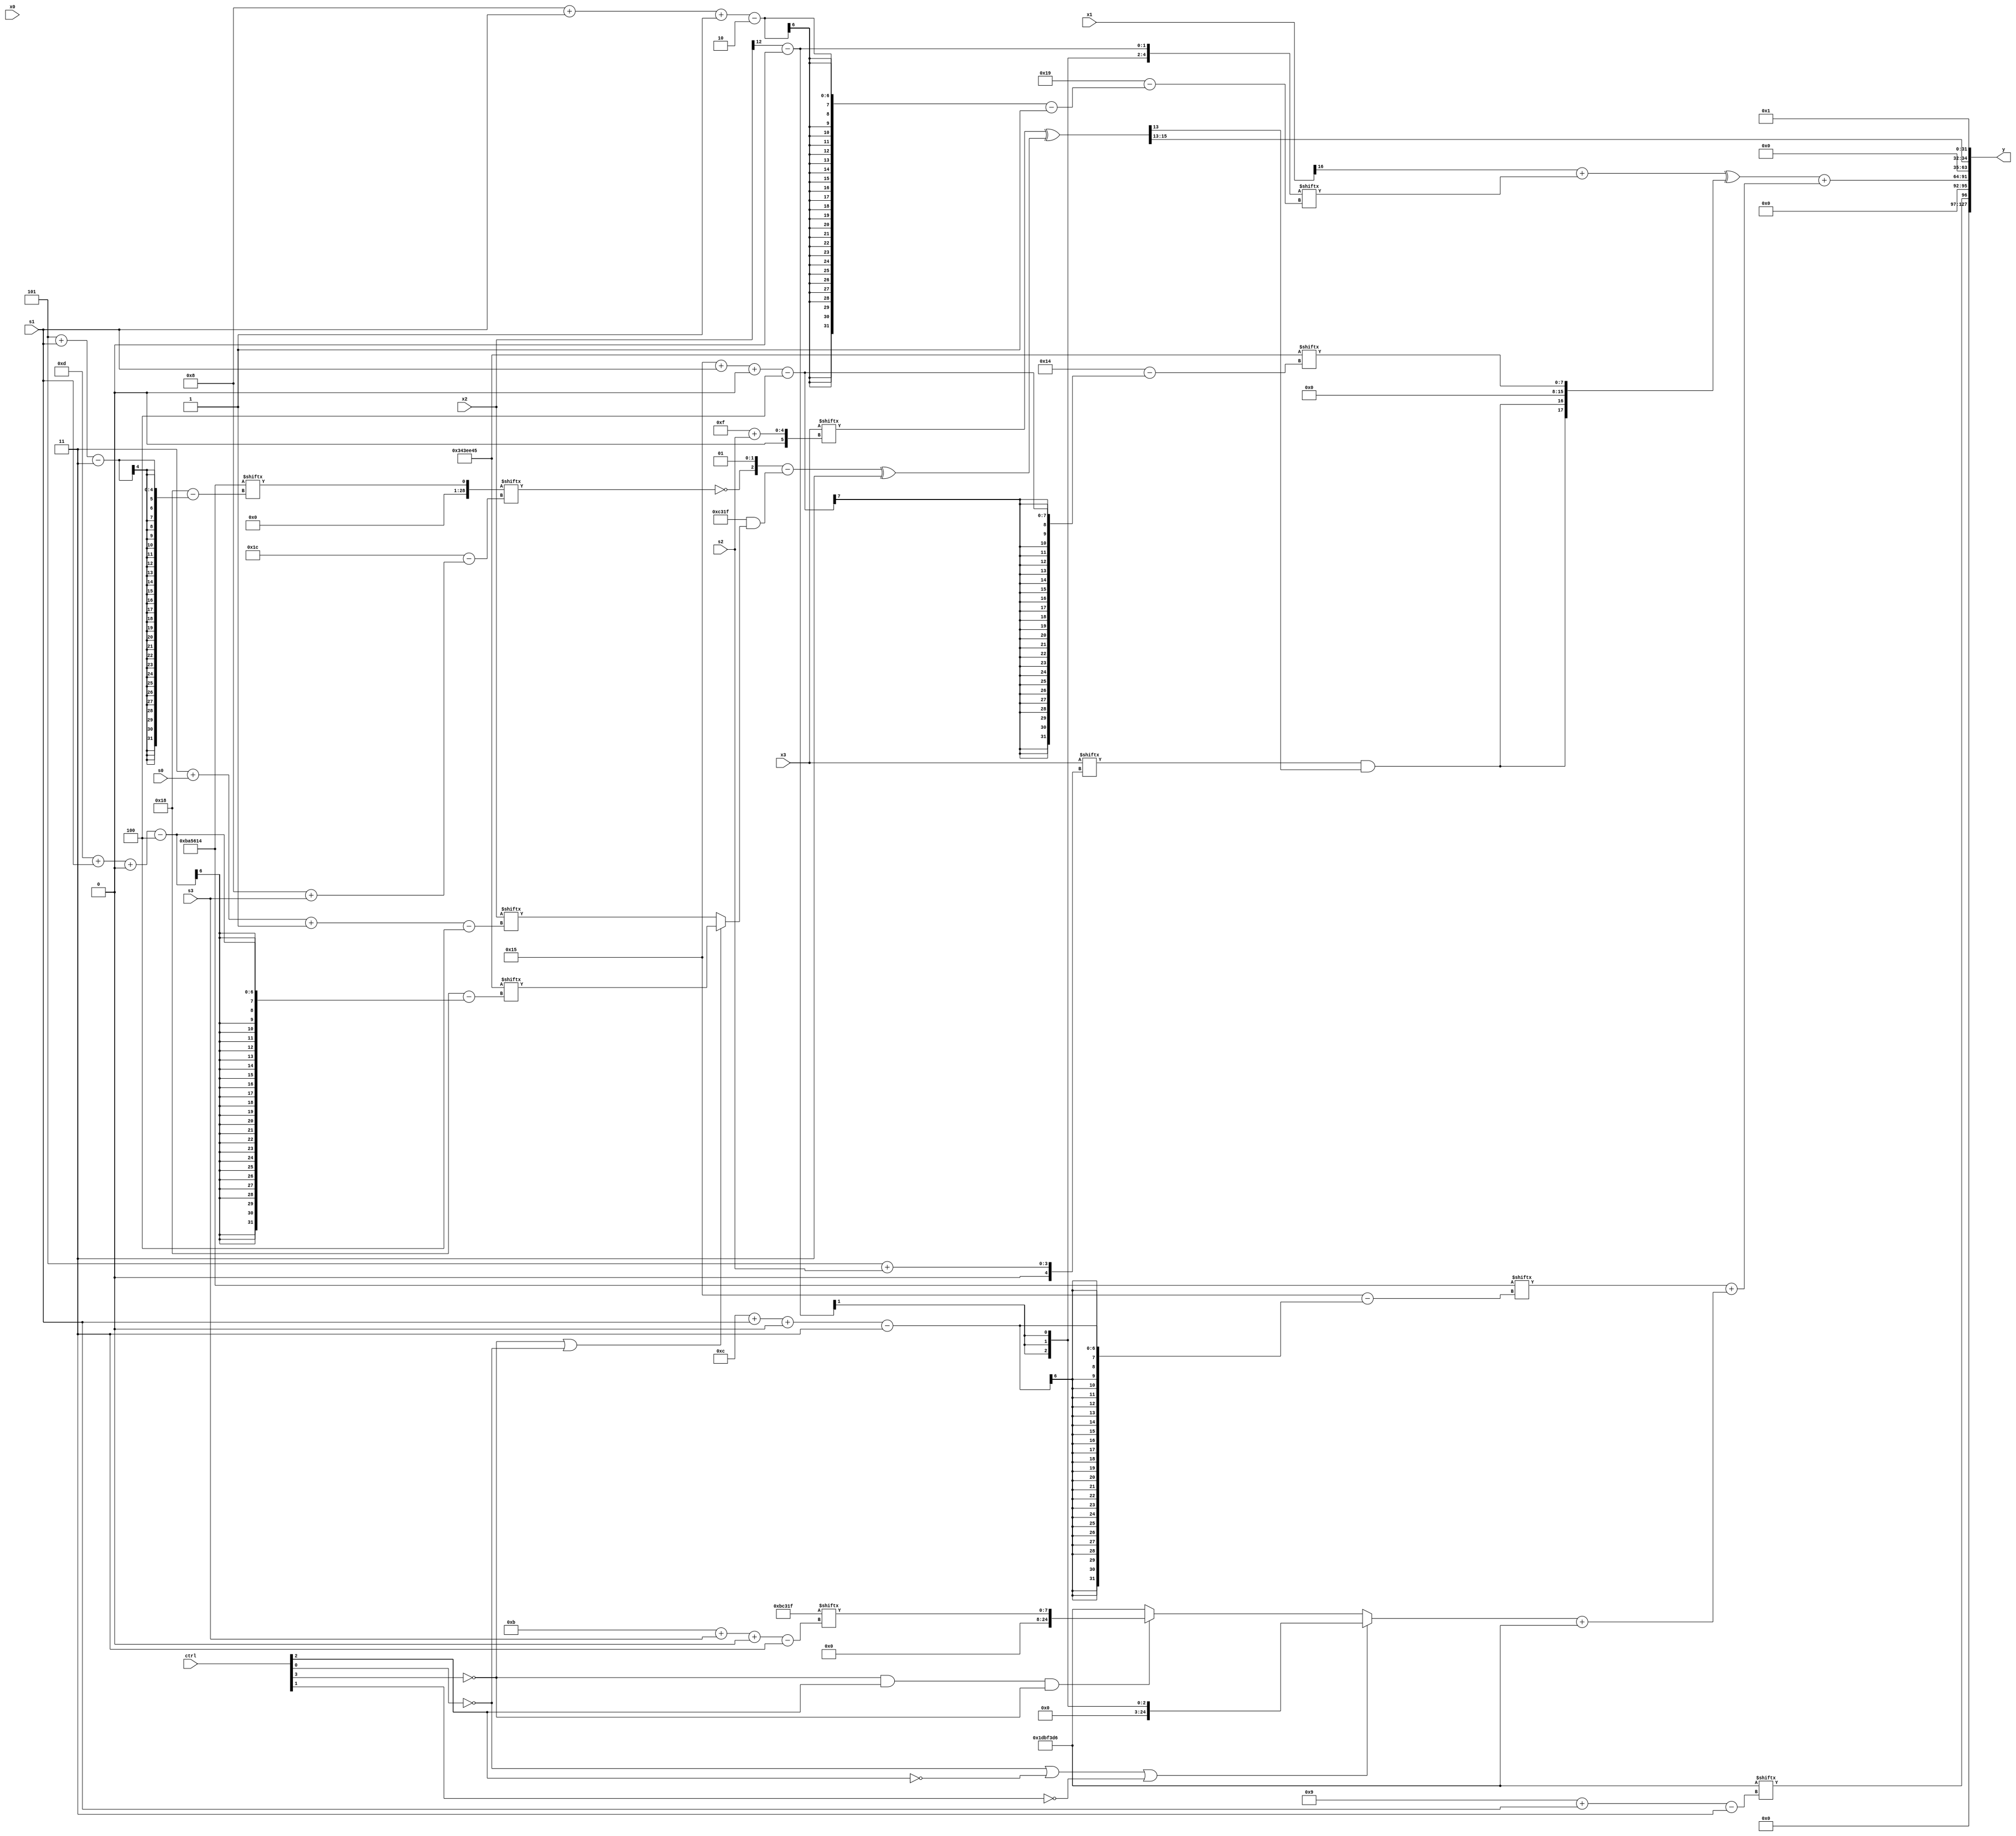
module partsel_00979(ctrl, s0, s1, s2, s3, x0, x1, x2, x3, y);
  input [3:0] ctrl;
  input [2:0] s0;
  input [2:0] s1;
  input [2:0] s2;
  input [2:0] s3;
  input [31:0] x0;
  input signed [31:0] x1;
  input [31:0] x2;
  input [31:0] x3;
  wire [29:3] x4;
  wire signed [2:27] x5;
  wire [26:2] x6;
  wire [3:27] x7;
  wire signed [27:5] x8;
  wire signed [3:26] x9;
  wire signed [1:27] x10;
  wire signed [25:7] x11;
  wire signed [0:31] x12;
  wire signed [30:3] x13;
  wire [0:28] x14;
  wire signed [7:26] x15;
  output [127:0] y;
  wire signed [31:0] y0;
  wire signed [31:0] y1;
  wire [31:0] y2;
  wire signed [31:0] y3;
  assign y = {y0,y1,y2,y3};
  localparam [4:31] p0 = 323219013;
  localparam [27:3] p1 = 903607254;
  localparam signed [3:27] p2 = 280647188;
  localparam signed [25:3] p3 = 797688607;
  assign x4 = ((x1[27 + s3 -: 8] + x1[16 + s3]) + p3[18 + s2 +: 3]);
  assign x5 = p1[23 + s0 -: 4];
  assign x6 = {p1[21], (x4[1 + s3 -: 7] - (((p1[31 + s0 +: 2] & x1[5 + s3 -: 2]) - x2[4 + s3 +: 2]) - (x1 - (x4[26 + s0 +: 4] + x1[16 + s3]))))};
  assign x7 = ((ctrl[3] || !ctrl[2] || !ctrl[2] ? x1[8 + s3] : {2{(!ctrl[3] && ctrl[1] && !ctrl[1] ? p1[4 + s1 +: 8] : {x1[9 + s3 +: 8], x6[22]})}}) | {(!ctrl[0] && ctrl[2] || ctrl[0] ? ((x4[16 +: 2] & p0) - p0[14 + s2 +: 7]) : x0[23 + s0 +: 1]), x2[22 -: 1]});
  assign x8 = (x6[10 + s1] - {p3[11 + s1 +: 1], (((p1 - x7[16 + s3 -: 3]) - x6) + {2{p1[25 + s0 -: 6]}})});
  assign x9 = ((p1[12 + s2] & ({2{(p1[23 + s2 -: 5] - p0[12 +: 4])}} ^ ((p2[16 +: 4] - p0[6 + s2]) + p2[11 +: 1]))) & (ctrl[3] || !ctrl[2] || !ctrl[0] ? p1 : (x6 + x0[13 + s3])));
  assign x10 = ({p3[10], x2[12]} - p3[21]);
  assign x11 = (p3[29 + s2 +: 4] ^ x1[17 +: 1]);
  assign x12 = p3[10 + s0];
  assign x13 = (ctrl[3] && ctrl[0] || ctrl[1] ? {2{(x10[16] | ({p2[17 + s3 +: 5], p2[15 +: 4]} + x1))}} : (x7[13 + s1 -: 6] - (((ctrl[3] || ctrl[0] || !ctrl[1] ? ((p3 | p0[5 + s1]) + x4[10 + s3]) : x6[19 + s0 -: 8]) | p3[19 +: 2]) - (x0[13] - {x4, x10[15]}))));
  assign x14 = p2[5 + s1];
  assign x15 = (x3[15 + s2] ^ (({(p1[12 -: 1] ^ x14[8 + s3]), p2[16 +: 2]} - ({x9[18 -: 3], p3} & (!ctrl[3] || !ctrl[0] && !ctrl[0] ? p0[13 + s1 +: 4] : x2[3 + s0 -: 4]))) ^ p1[10 +: 2]));
  assign y0 = p1[9 + s1];
  assign y1 = (((x1[16] + x10[8 + s1 -: 2]) ^ {{2{(x3[5 + s2] & x15[13 +: 1])}}, {{2{x12[8 +: 4]}}, p0[21 + s1 +: 8]}}) + (p2[12 + s1 +: 4] + ((!ctrl[0] || !ctrl[2] || !ctrl[1] ? x10[21 -: 3] : (!ctrl[3] && ctrl[2] && !ctrl[3] ? p3[11 + s3 +: 8] : p1)) + p1)));
  assign y2 = x15[13 -: 3];
  assign y3 = p1[12 +: 2];
endmodule